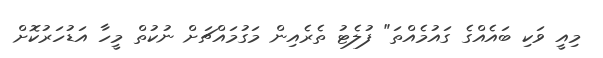
މިއީ ވަކި ބައެއްގެ ގައުމެއްތަ" ފުލެޓު ތެރެއިން މަގުމައްޗަށް ނުކުތް މީހާ އަޑުހަރުކޮށް